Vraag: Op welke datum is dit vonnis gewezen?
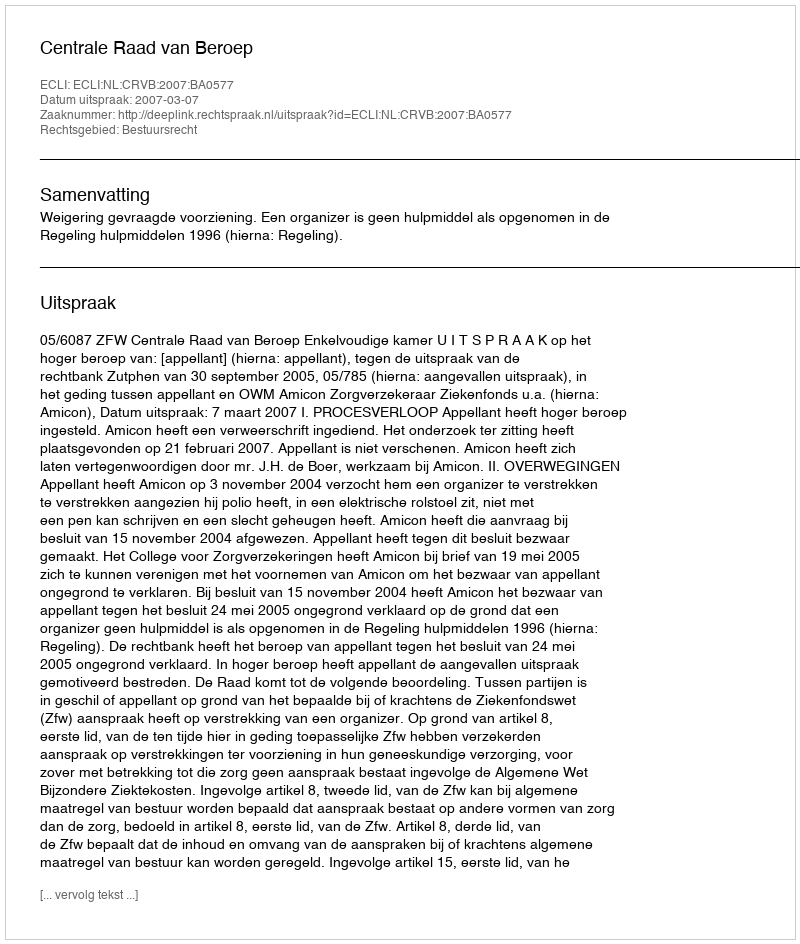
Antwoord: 2007-03-07